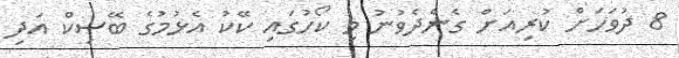
8 ދުވަހަށް ކުރިއަށް ގެންދެވުނު މި ކޯހުގައި ކޭކު އެޅުމުގެ ބޭސިކް އަދި